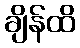
ချိန်ထိ